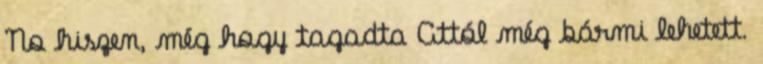
No hiszen, még hogy tagadta Attól még bármi lehetett.